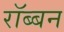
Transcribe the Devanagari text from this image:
रॉब्‍बन